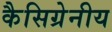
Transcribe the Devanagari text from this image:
कैसिग्रेनीय